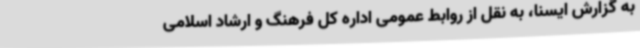
به گزارش ایسنا، به نقل از روابط عمومی اداره کل فرهنگ و ارشاد اسلامی